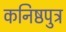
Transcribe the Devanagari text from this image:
कनिष्ठपुत्र